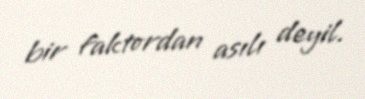
bir faktordan asılı deyil.